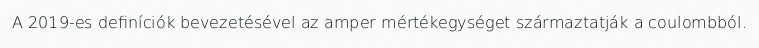
A 2019-es definíciók bevezetésével az amper mértékegységet származtatják a coulombból.